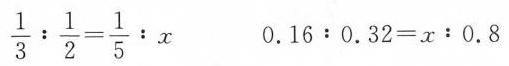
$$\frac { 1 } { 3 } : \frac { 1 } { 2 } = \frac { 1 } { 5 } : x$$ $$0 . 1 6 : 0 . 3 2 = x ： 0 . 8$$